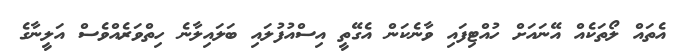
އެތައް ލޯތަކެއް އޭނައަށް ހުއްޓިފައި ވާނެކަން އެގޭތީ އިސްއުފުލައި ބަލައިލާނެ ހިތްވަރެއްވެސް އަލީނާގެ